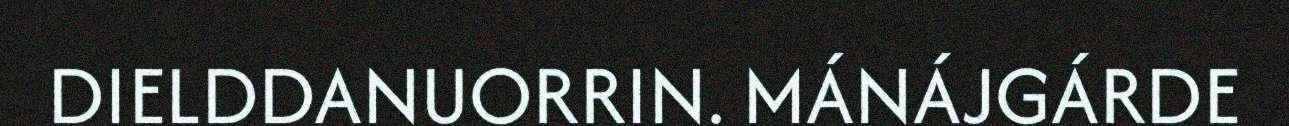
DIELDDANUORRIN. MÁNÁJGÁRDE